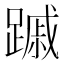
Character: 䠞